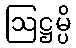
ဩဋ္ဌမ္ပိ